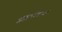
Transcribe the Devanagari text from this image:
बुद्धघोषाचा